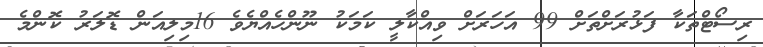
ރިސޯޓްތަކާ ފަޅުރަށްތަށް 99 އަހަރަށް ވިއްކާލީ ކަމަކު ނޫންހެއްޔެވެ 16މިލިއަން ޑޮލަރު ކޮންމެ